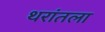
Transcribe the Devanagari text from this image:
थरांतला